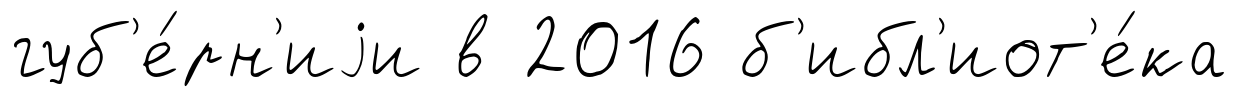
губ'е́рн'иjи в 2016 б'ибл'иот'е́ка